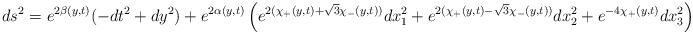
LaTeX: \begin{align*}ds^2 = e^{2 \beta(y,t)}(-dt^2+dy^2) + e^{2 \alpha(y,t)}\left( e^{2(\chi_{+} (y,t) +\sqrt{3} \chi_{-} (y,t) )} dx_1^2 + e^{2(\chi_{+} (y,t) -\sqrt{3} \chi_{-} (y,t) )} dx_2^2 + e^{-4 \chi_{+} (y,t) } dx_3^2 \right) \ .\end{align*}